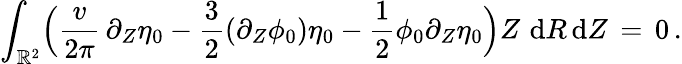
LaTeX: \int_{\mathbb{R}^{2}}\Bigl(\frac{v}{2\pi}\, \partial_{Z}\eta_{0}-\frac{3}{2}(\partial_{Z}\phi_{0})\eta_{0}-\frac{1}{2}\phi_{0}\partial_{Z}\eta_{0}\Bigr)Z\, \, \mathrm{d}R\, \mathrm{d}Z\, =\, 0\, .